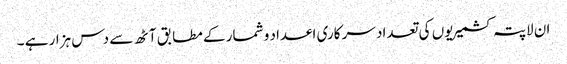
ان لاپتہ کشمیریوں کی تعداد سر کاری اعداد و شمار کے مطابق آٹھ سے دس ہزار ہے ۔